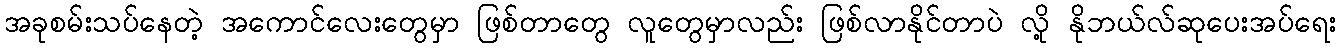
အခုစမ်းသပ်နေတဲ့ အကောင်လေးတွေမှာ ဖြစ်တာတွေ လူတွေမှာလည်း ဖြစ်လာနိုင်တာပဲ လို့ နိုဘယ်လ်ဆုပေးအပ်ရေး